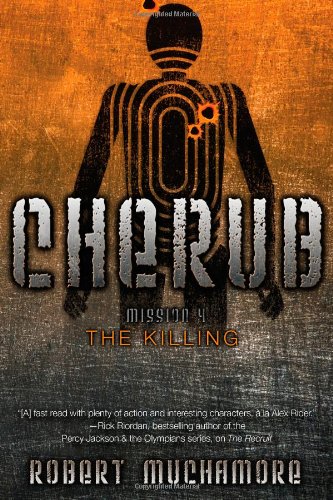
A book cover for The Killing (CHERUB); Robert Muchamore; Teen & Young Adult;